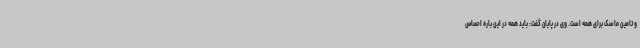
و تامین ماسک برای همه است. وی در پایان گفت: باید همه در این باره احساس